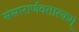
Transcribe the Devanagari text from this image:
संसारार्णवतारकम्